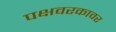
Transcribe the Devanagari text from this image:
पक्षवरकावर